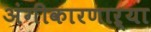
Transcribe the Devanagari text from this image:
अंगीकारणाऱ्या